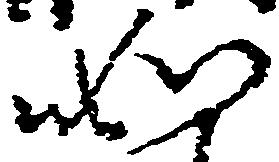
如